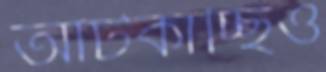
আটকাচ্ছিও